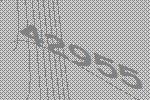
42955